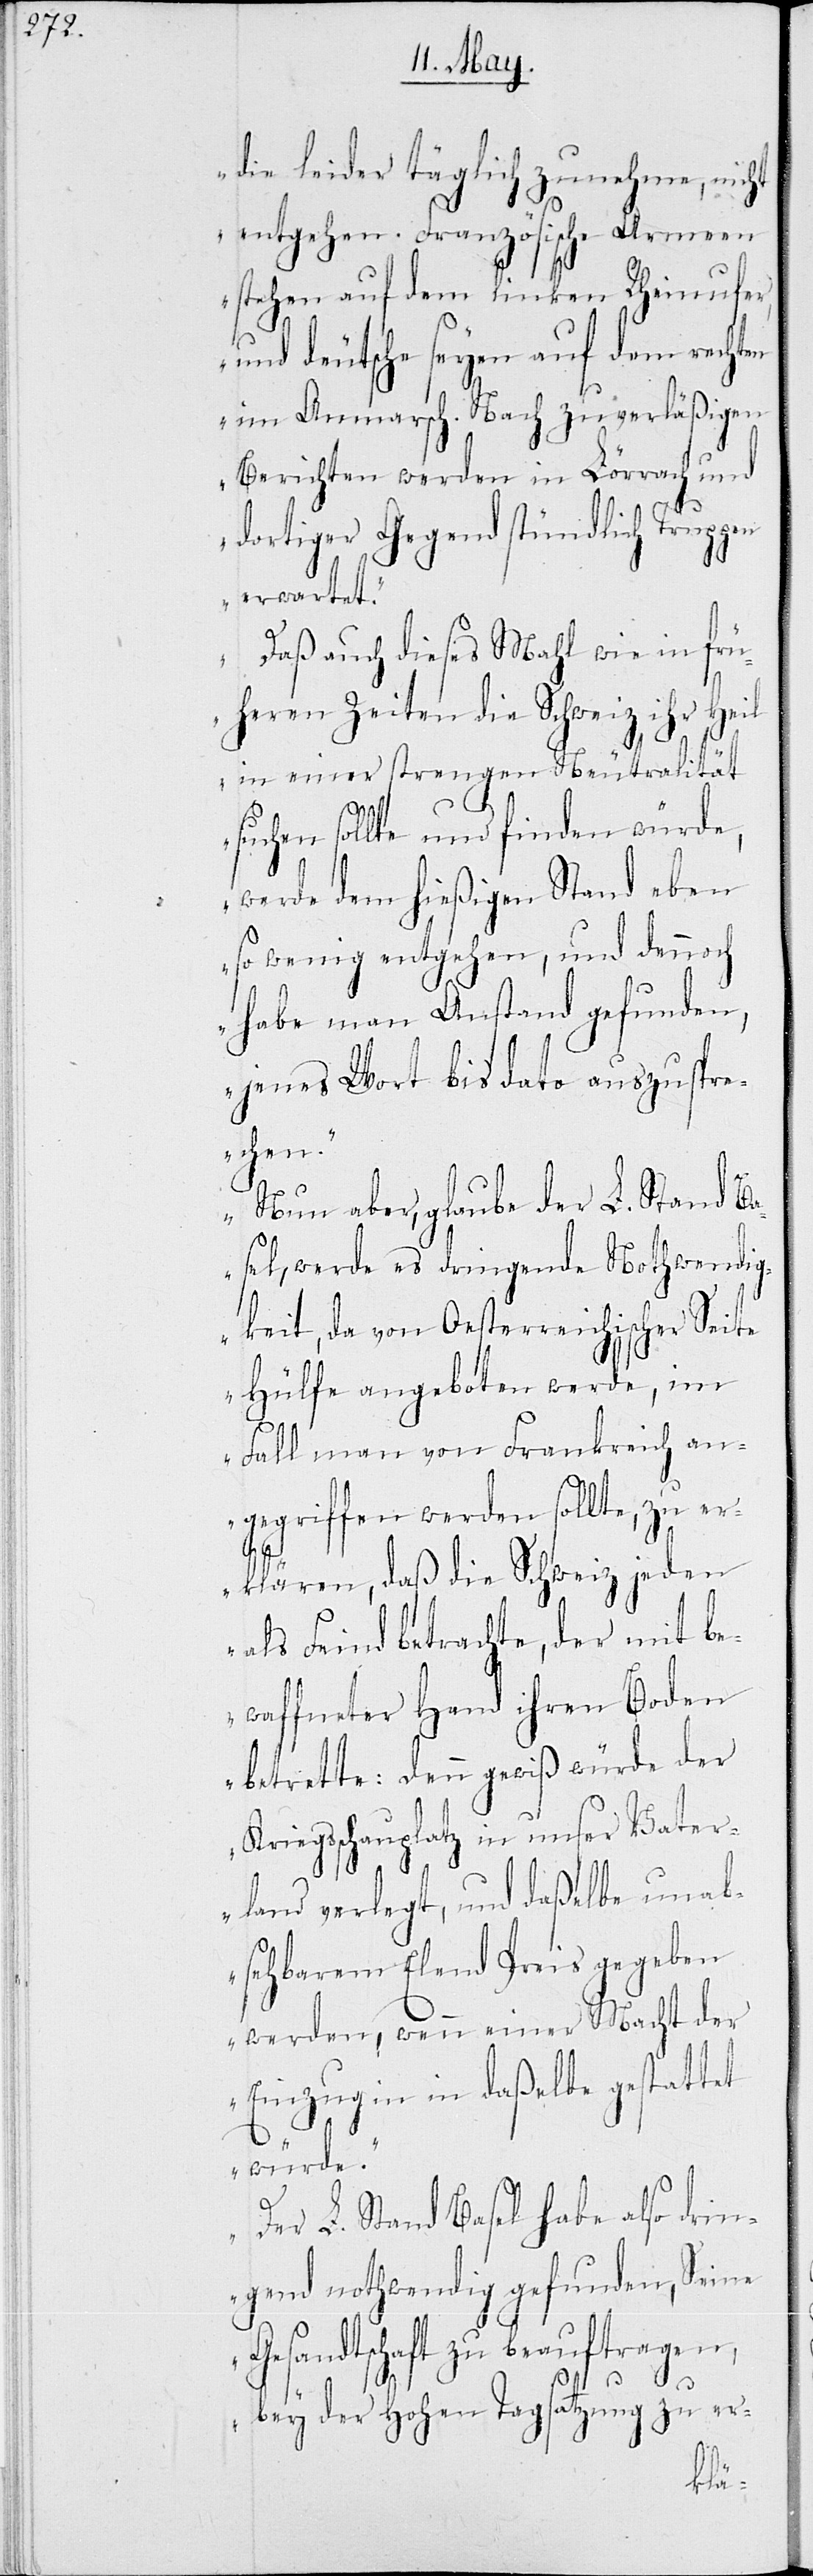
die leider täglich zunehme, nicht
entgehen. Französische Armeen
stehen auf dem linken Rheinufer,
und deutsche seyen auf dem rechten
im Anmarsch. Nach zuverläßigen
Berichten werden in Lörrach und
dortiger Gegend stündlich Truppen
erwartet.
Daß auch dieses Mahl wie in frü¬
heren Zeiten die Schweiz ihr Heil
in einer strengen Neutralität
suchen sollte und finden würde,
werde dem hießigen Stand eben
so wenig entgehen, und dennoch
habe man Anstand gefunden,
jenes Wort bis dato auszuspre¬
chen.
Nun aber, glaube der L. Stand Ba¬
sel, werde es dringende Nothwendig¬
keit, da von Oesterreichischer Seite
Hülfe angeboten werde, im
Fall man von Frankreich an¬
gegriffen werden sollte, zu e¬
rklären, daß die Schweiz jeden
als Feind betrachte, der mit be¬
waffneter Hand ihren Boden
betrette: denn gewiß würde der
Kriegsschauplatz in unser Vater¬
land verlegt, und daßelbe unab¬
sehbarem Elend Preis gegeben
werden, wenn einer Macht der
Einzug in daßelbe gestattet
würde.
Der L. Stand Basel habe also drin¬
gend nothwendig gefunden, Seine
Gesandtschaft zu beauftragen,
bey der Hohen Tagsatzung zu er-